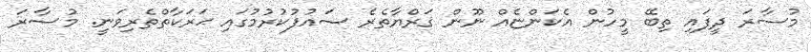
މުސާރަ ދީފައި ތިބޭ މީހުން އެކަންޏެއް ނޫން ޤަރްޔާތެރެ ސައުފުކުރުމުގައި ޙަރަކާތްތެރިވަނީ. މުސާރަ